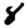
Digit: 8